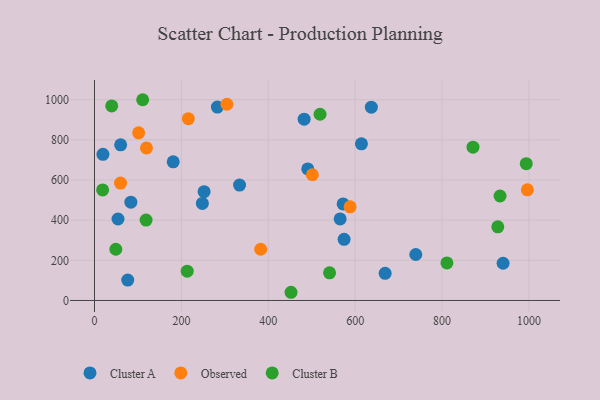
{"axis": {"x": "Experience", "y": "Yield"}, "legend": ["Cluster A", "Cluster B", "Observed"], "data": [{"x": "248.3", "y": 483.2, "type": "Cluster A"}, {"x": "19.4", "y": 728.0, "type": "Cluster A"}, {"x": "482.6", "y": 902.9, "type": "Cluster A"}, {"x": "333.9", "y": 575.0, "type": "Cluster A"}, {"x": "637.3", "y": 962.8, "type": "Cluster A"}, {"x": "60.2", "y": 775.4, "type": "Cluster A"}, {"x": "252.3", "y": 541.8, "type": "Cluster A"}, {"x": "282.9", "y": 963.2, "type": "Cluster A"}, {"x": "565.5", "y": 406.4, "type": "Cluster A"}, {"x": "669.1", "y": 135.3, "type": "Cluster A"}, {"x": "490.9", "y": 655.0, "type": "Cluster A"}, {"x": "83.7", "y": 489.7, "type": "Cluster A"}, {"x": "739.6", "y": 228.9, "type": "Cluster A"}, {"x": "614.5", "y": 780.3, "type": "Cluster A"}, {"x": "54.1", "y": 405.8, "type": "Cluster A"}, {"x": "940.6", "y": 185.3, "type": "Cluster A"}, {"x": "574.6", "y": 304.3, "type": "Cluster A"}, {"x": "181.2", "y": 690.7, "type": "Cluster A"}, {"x": "572.3", "y": 480.7, "type": "Cluster A"}, {"x": "76.5", "y": 101.4, "type": "Cluster A"}, {"x": "382.6", "y": 255.0, "type": "Observed"}, {"x": "59.9", "y": 584.7, "type": "Observed"}, {"x": "101.6", "y": 834.8, "type": "Observed"}, {"x": "588.4", "y": 466.5, "type": "Observed"}, {"x": "304.8", "y": 977.3, "type": "Observed"}, {"x": "996.5", "y": 551.3, "type": "Observed"}, {"x": "216.0", "y": 905.5, "type": "Observed"}, {"x": "119.6", "y": 759.8, "type": "Observed"}, {"x": "501.5", "y": 626.3, "type": "Observed"}, {"x": "110.9", "y": 999.9, "type": "Cluster B"}, {"x": "993.9", "y": 681.2, "type": "Cluster B"}, {"x": "49.1", "y": 255.1, "type": "Cluster B"}, {"x": "811.3", "y": 187.2, "type": "Cluster B"}, {"x": "928.4", "y": 366.8, "type": "Cluster B"}, {"x": "933.6", "y": 520.3, "type": "Cluster B"}, {"x": "871.3", "y": 763.5, "type": "Cluster B"}, {"x": "213.4", "y": 146.1, "type": "Cluster B"}, {"x": "18.7", "y": 550.8, "type": "Cluster B"}, {"x": "118.7", "y": 400.3, "type": "Cluster B"}, {"x": "541.1", "y": 137.7, "type": "Cluster B"}, {"x": "452.4", "y": 40.8, "type": "Cluster B"}, {"x": "519.2", "y": 927.6, "type": "Cluster B"}, {"x": "39.6", "y": 969.0, "type": "Cluster B"}]}